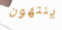
ينتهون